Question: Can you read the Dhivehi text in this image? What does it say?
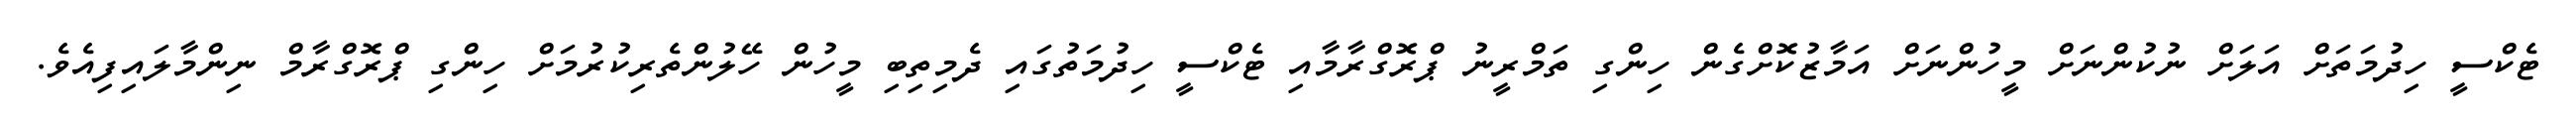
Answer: ޓެކްސީ ހިދުމަތަށް އަލަށް ނުކުންނަށް މީހުންނަށް އަމާޒުކޮށްގެން ހިންގި ތަމްރީނު ޕްރޮގްރާމާއި ޓެކްސީ ހިދުމަތުގައި ދެމިތިބި މީހުން ހޭލުންތެރިކުރުމަށް ހިންގި ޕްރޮގްރާމް ނިންމާލައިފިއެވެ.